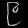
Digit: ၉